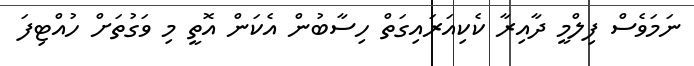
ނަމަވެސް ފިލްމީ ދާއިރާ ކެކިއަރައިގަތް ހިސާބުން އެކަން އޮތީ މި ވަގުތަށް ހުއްޓިފަ